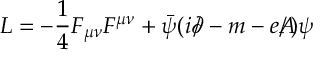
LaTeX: { \cal L } = - \frac { 1 } { 4 } F _ { \mu \nu } F ^ { \mu \nu } + \bar { \psi } ( i \partial \! \! \! / \, - m - e A \! \! \! \! / \, ) \psi